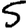
Digit: 5